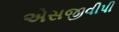
એસજીવીપી